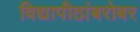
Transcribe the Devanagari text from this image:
विद्यापीठांबरोबर